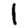
Digit: 1